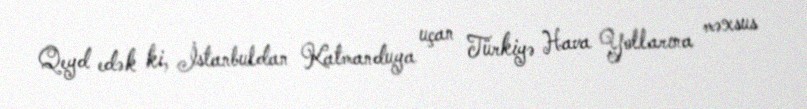
Qeyd edək ki, İstanbuldan Katmanduya uçan Türkiyə Hava Yollarına məxsus